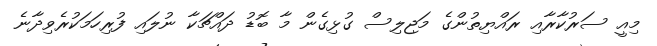
މިއީ ސަރުކާރާއި ރައްޔިތުންގެ މަޖިލިސް ގުޅިގެން މާ ބޮޑު ދައްޗަކާ ނުލައި ފުރިހަމަކުރެވިދާނެ